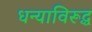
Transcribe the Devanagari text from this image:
धन्याविरूद्ध